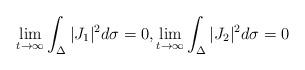
LaTeX: \begin{align*}\lim_{t\to\infty}\int_{\Delta}|J_1|^2d\sigma=0, \lim_{t\to\infty}\int_{\Delta}|J_2|^2d\sigma=0\end{align*}